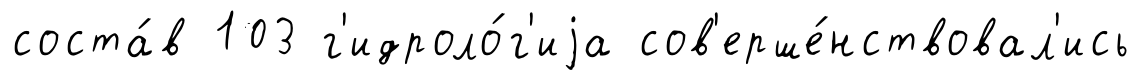
соста́в 103 г'идроло́г'иjа сов'ерше́нствовал'ись